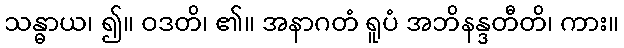
သန္ဓာယ၊ ၍။ ဝဒတိ၊ ၏။ အနာဂတံ ရူပံ အဘိနန္ဒတီတိ၊ ကား။